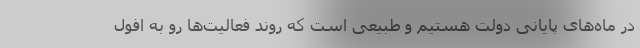
در ماه‌های پایانی دولت هستیم و طبیعی است که روند فعالیت‌ها رو به افول